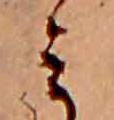
ミ